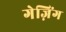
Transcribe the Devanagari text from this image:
गेज़िंग